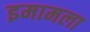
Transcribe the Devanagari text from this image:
इमामला